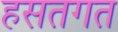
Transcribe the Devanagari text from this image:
हसतगत